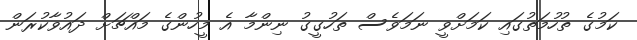
ކަމުގެ ތުހުމަތުގައި ކަމަށްވީ ނަމަވެސް ތަހުގީގު ނިންމާ އެ މީހުންގެ މައްޗަށް ދައުވާކުރަން